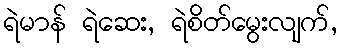
ရဲမာန် ရဲဆေး, ရဲစိတ်မွေးလျက်,